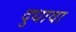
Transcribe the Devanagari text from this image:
दुधावा